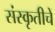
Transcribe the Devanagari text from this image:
संस्कृतीचें